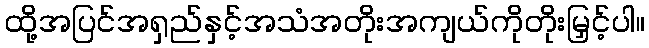
ထို့အပြင်အရှည်နှင့်အသံအတိုးအကျယ်ကိုတိုးမြှင့်ပါ။